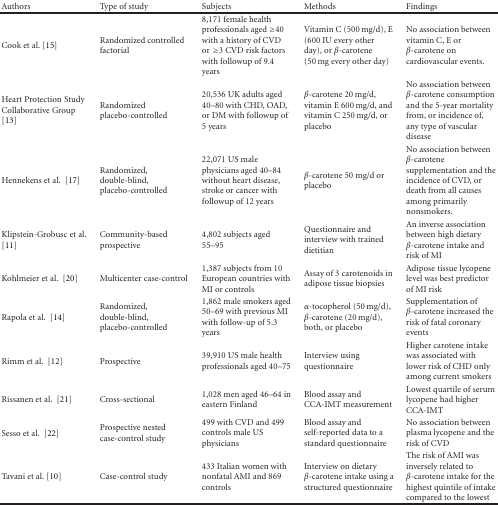
<table><thead><tr><td><b>Authors</b></td><td><b>Type of study</b></td><td><b>Subjects</b></td><td><b>Methods</b></td><td><b>Findings</b></td></tr></thead><tbody><tr><td>Cook et al. [15]</td><td>Randomized controlled factorial</td><td>8,171 female health professionals aged ≥40 with a history of CVD or≥3 CVD risk factors with followup of 9.4 years</td><td>Vitamin C (500 mg/d), E (600 IU every other day), or <i>β</i>-carotene (50 mg every other day)</td><td>No association between vitamin C, E or <i>β</i>-carotene on cardiovascular events.</td></tr><tr><td>Heart Protection Study Collaborative Group [13]</td><td>Randomized placebo-controlled</td><td>20,536 UK adults aged 40–80 with CHD, OAD, or DM with followup of 5 years</td><td><i>β</i>-carotene 20 mg/d, vitamin E 600 mg/d, and vitamin C 250 mg/d, or placebo</td><td>No association between <i>β</i>-carotene consumption and the 5-year mortality from, or incidence of, any type of vascular disease</td></tr><tr><td>Hennekens et al. [17]</td><td>Randomized, double-blind, placebo-controlled</td><td>22,071 US male physicians aged 40–84 without heart disease, stroke or cancer with followup of 12 years</td><td><i>β</i>-carotene 50 mg/d or placebo</td><td>No association between <i>β</i>-carotene supplementation and the incidence of CVD, or death from all causes among primarily nonsmokers.</td></tr><tr><td>Klipstein-Grobusc et al. [11]</td><td>Community-based prospective</td><td>4,802 subjects aged 55–95</td><td>Questionnaire and interview with trained dietitian</td><td>An inverse association between high dietary <i>β</i>-carotene intake and risk of MI</td></tr><tr><td>Kohlmeier et al. [20]</td><td>Multicenter case-control</td><td>1,387 subjects from 10 European countries with MI or controls</td><td>Assay of 3 carotenoids in adipose tissue biopsies</td><td>Adipose tissue lycopene level was best predictor of MI risk</td></tr><tr><td>Rapola et al. [14]</td><td>Randomized, double-blind, placebo-controlled</td><td>1,862 male smokers aged 50–69 with previous MI with follow-up of 5.3 years</td><td><i>α</i>-tocopherol (50 mg/d), <i>β</i>-carotene (20 mg/d), both, or placebo</td><td>Supplementation of <i>β</i>-carotene increased the risk of fatal coronary events</td></tr><tr><td>Rimm et al. [12]</td><td>Prospective</td><td>39,910 US male health professionals aged 40–75</td><td>Interview using questionnaire</td><td>Higher carotene intake was associated with lower risk of CHD only among current smokers</td></tr><tr><td>Rissanen et al. [21]</td><td>Cross-sectional</td><td>1,028 men aged 46–64 in eastern Finland</td><td>Blood assay and CCA-IMT measurement</td><td>Lowest quartile of serum lycopene had higher CCA-IMT</td></tr><tr><td>Sesso et al. [22]</td><td>Prospective nested case-control study</td><td>499 with CVD and 499 controls male US physicians</td><td>Blood assay and self-reported data to a standard questionnaire</td><td>No association between plasma lycopene and the risk of CVD</td></tr><tr><td>Tavani et al. [10]</td><td>Case-control study</td><td>433 Italian women with nonfatal AMI and 869 controls</td><td>Interview on dietary <i>β</i>-carotene intake using a structured questionnaire</td><td>The risk of AMI was inversely related to <i>β</i>-carotene intake for the highest quintile of intake compared to the lowest</td></tr></tbody></table>